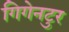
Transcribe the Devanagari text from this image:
गिगेनटुर